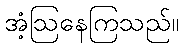
အံ့ဩနေကြသည်။